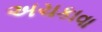
અચકાવા